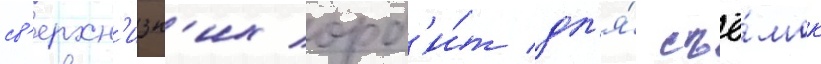
св'ерхн'изк'их орб'и́т дл'я́ съё́мок